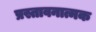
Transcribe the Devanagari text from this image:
प्रस्तावनात्मक